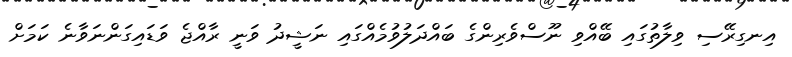
އިނގިރޭސި ވިލާތުގައި ބޭއްވި ނޫސްވެރިންގެ ބައްދަލުވުމެއްގައި ނަޝީދު ވަނީ ރާއްޖެ ވަޑައިގަންނަވާނެ ކަމަށް